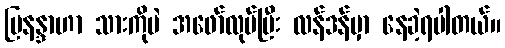
မြနန္ဒာဟာ သားကိုပဲ အဖော်လုပ်ပြီး လန်ဒန်မှာ နေခဲ့ရပါတယ်။